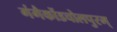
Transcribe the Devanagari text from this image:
गंगैकोंडचोलपुरम्